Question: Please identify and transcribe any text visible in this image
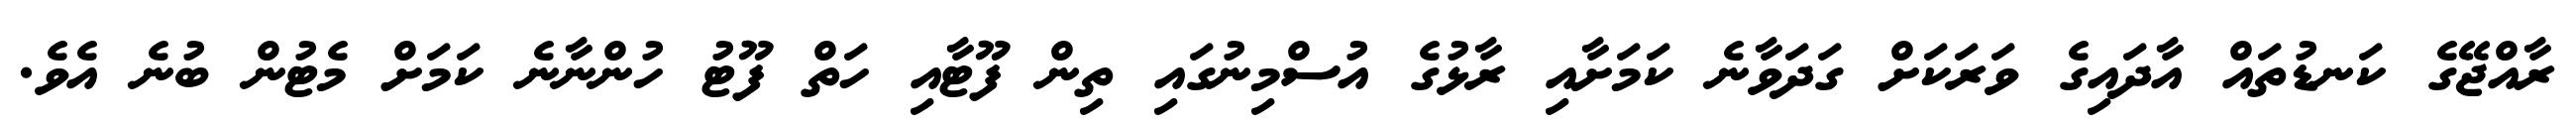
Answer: ރާއްޖޭގެ ކަނޑުތައް އާދައިގެ ވަރަކަށް ގަދަވާނެ ކަމަށާއި ރާޅުގެ އުސްމިނުގައި ތިން ފޫޓާއި ހަތް ފޫޓު ހުންނާނެ ކަމަށް މެޓުން ބުނެ އެވެ.